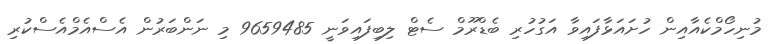
މުނިހޯމްކެއާއިން ހުށައަޅާފައިވާ އަގުހުރި ބެޑްރޫމް ސެޓް ލިބިފައިވަނީ 9659485 މި ނަންބަރުން އެސްއެމްއެސްކުރި